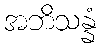
အဘိသန္နံ